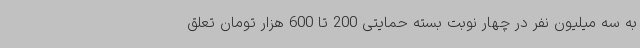
به سه میلیون نفر در چهار نوبت بسته حمایتی 200 تا 600 هزار تومان تعلق